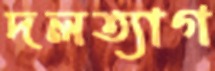
দলত্যাগ